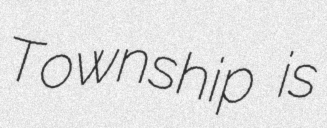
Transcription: Township is